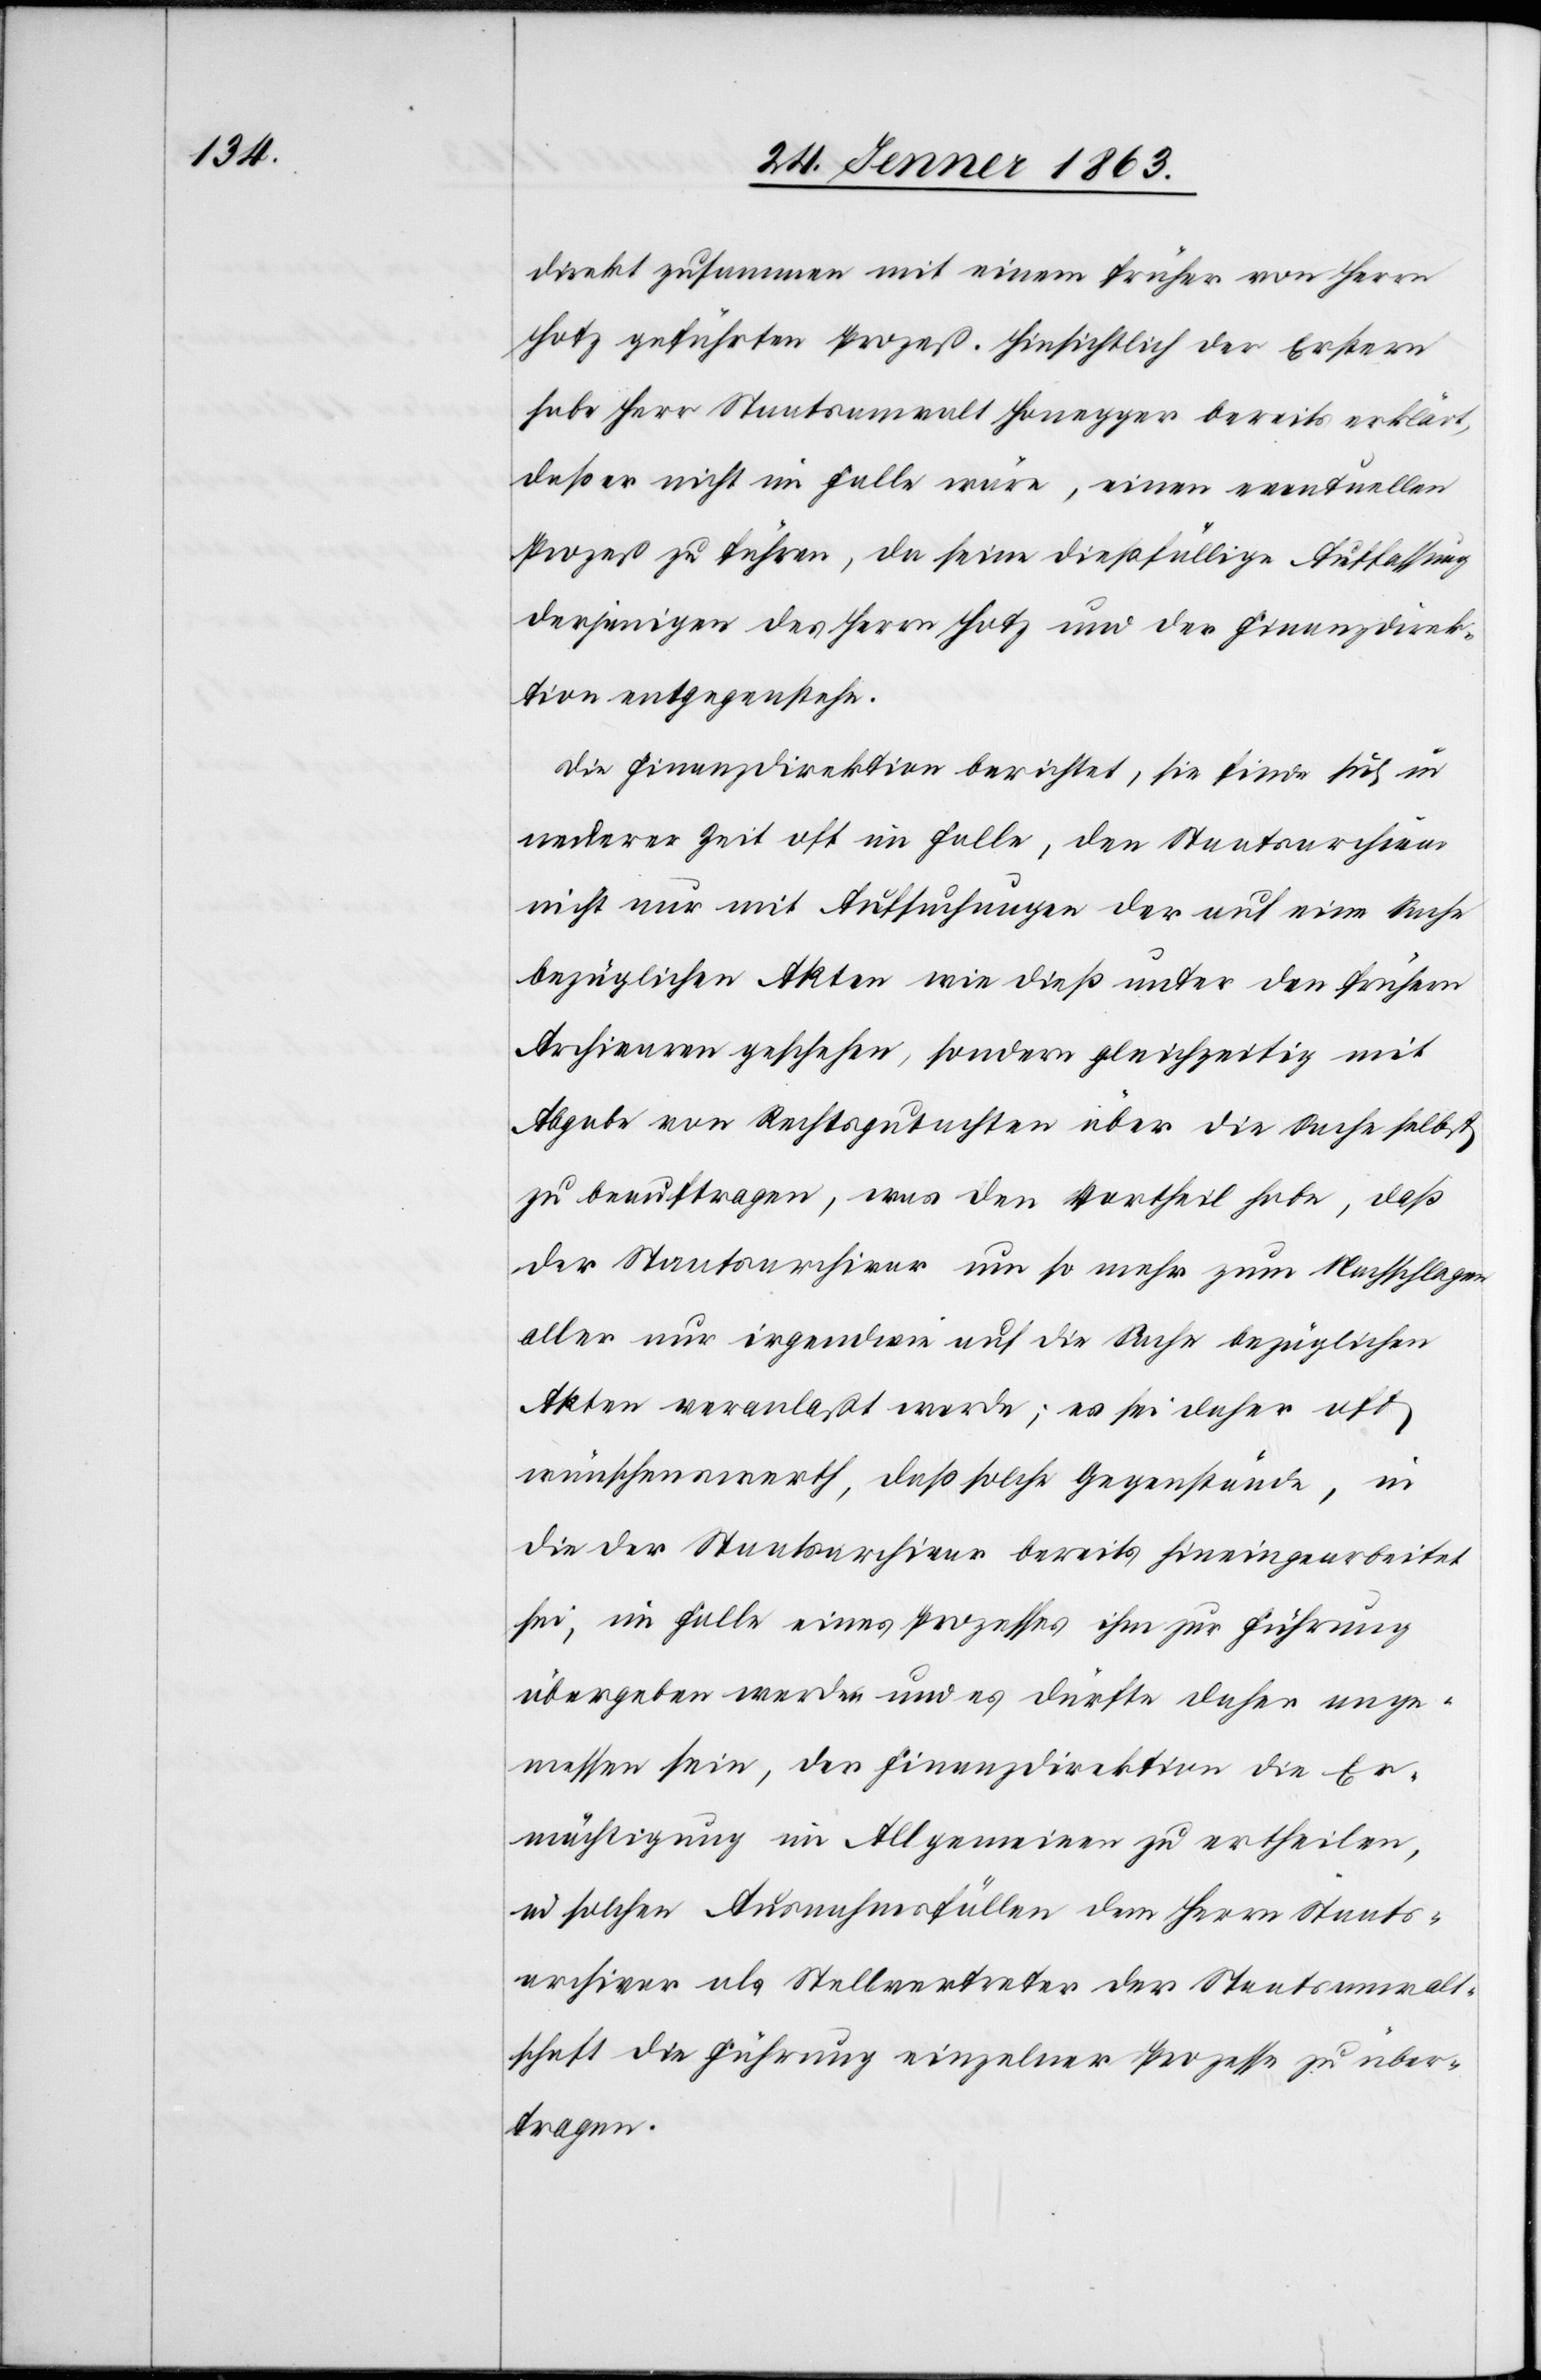
direkt zusammen mit einem früher von Herrn
Hotz geführten Prozeß. Hinsichtlich der Erstern
habe Herr Staatsanwalt Honegger bereits erklärt,
daß er nicht im Falle wäre, einen eventuellen
Prozeß zu führen, da seine dießfällige Auffassung
derjenigen des Herrn Hotz und der Finanzdirek¬
tion entgegenstehe.
Die Finanzdirektion berichtet, sie finde sich in
neuerer Zeit oft im Falle, den Staatsarchivar
nicht nur mit Aufsuchungen der auf eine Sache
bezüglichen Akten wie dieß unter den frühern
Archivaren geschehen, sondern gleichzeitig mit
Abgabe von Rechtsgutachten über die Sache selbst
zu beauftragen, was den Vortheil habe, daß
der Staatsarchivar um so mehr zum Nachschlagen
aller nur irgendwie auf die Sache bezüglichen
Akten veranlaßt werde; es sei daher oft
wünschenswerth, daß solche Gegenstände, in
die der Staatsarchivar bereits hineingearbeitet
sei, im Falle eines Prozesses ihm zur Führung
übergeben werden und es dürfte daher ange¬
messen sein, der Finanzdirektion die Er¬
mächtigung im Allgemeinen zu ertheilen,
in solchen Ausnahmsfällen dem Herrn Staats¬
archivar als Stellvertreter der Staatsanwalt¬
schaft die Führung einzelner Prozesse zu über¬
tragen.